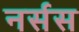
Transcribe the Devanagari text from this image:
नर्सस